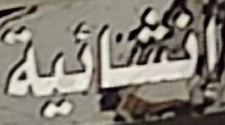
انشائية